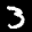
Label: 3